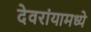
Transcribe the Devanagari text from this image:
देवरांयामध्ये